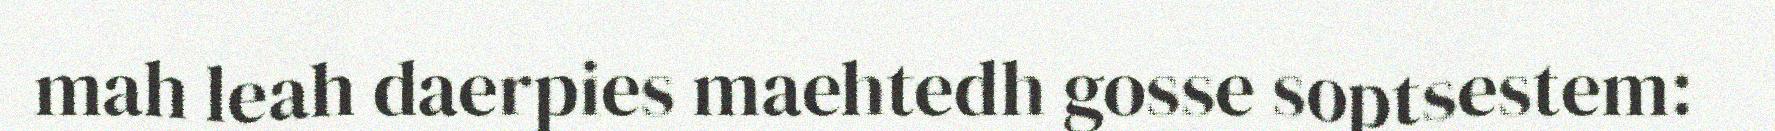
mah leah daerpies maehtedh gosse soptsestem: